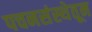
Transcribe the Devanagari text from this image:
पचनसंस्थेतून